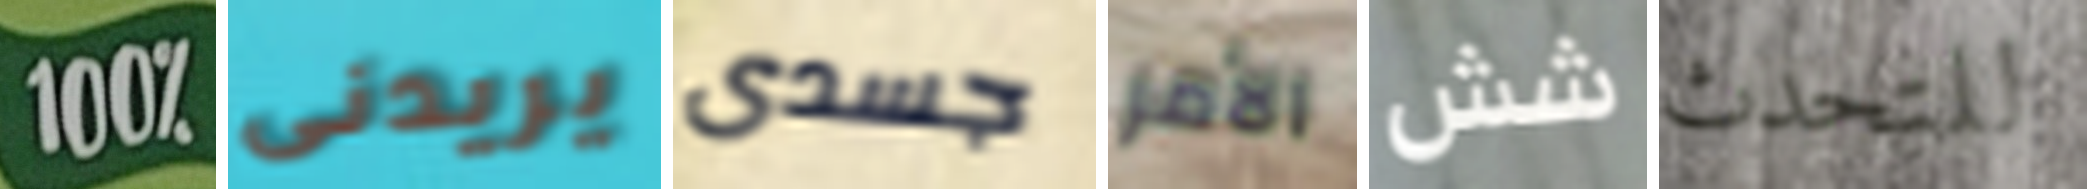
100% يريدنى جسدى الأمر شش للتحدث